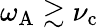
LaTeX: \omega_{\mathrm{A}}\gtrsim\nu_{\mathrm{c}}